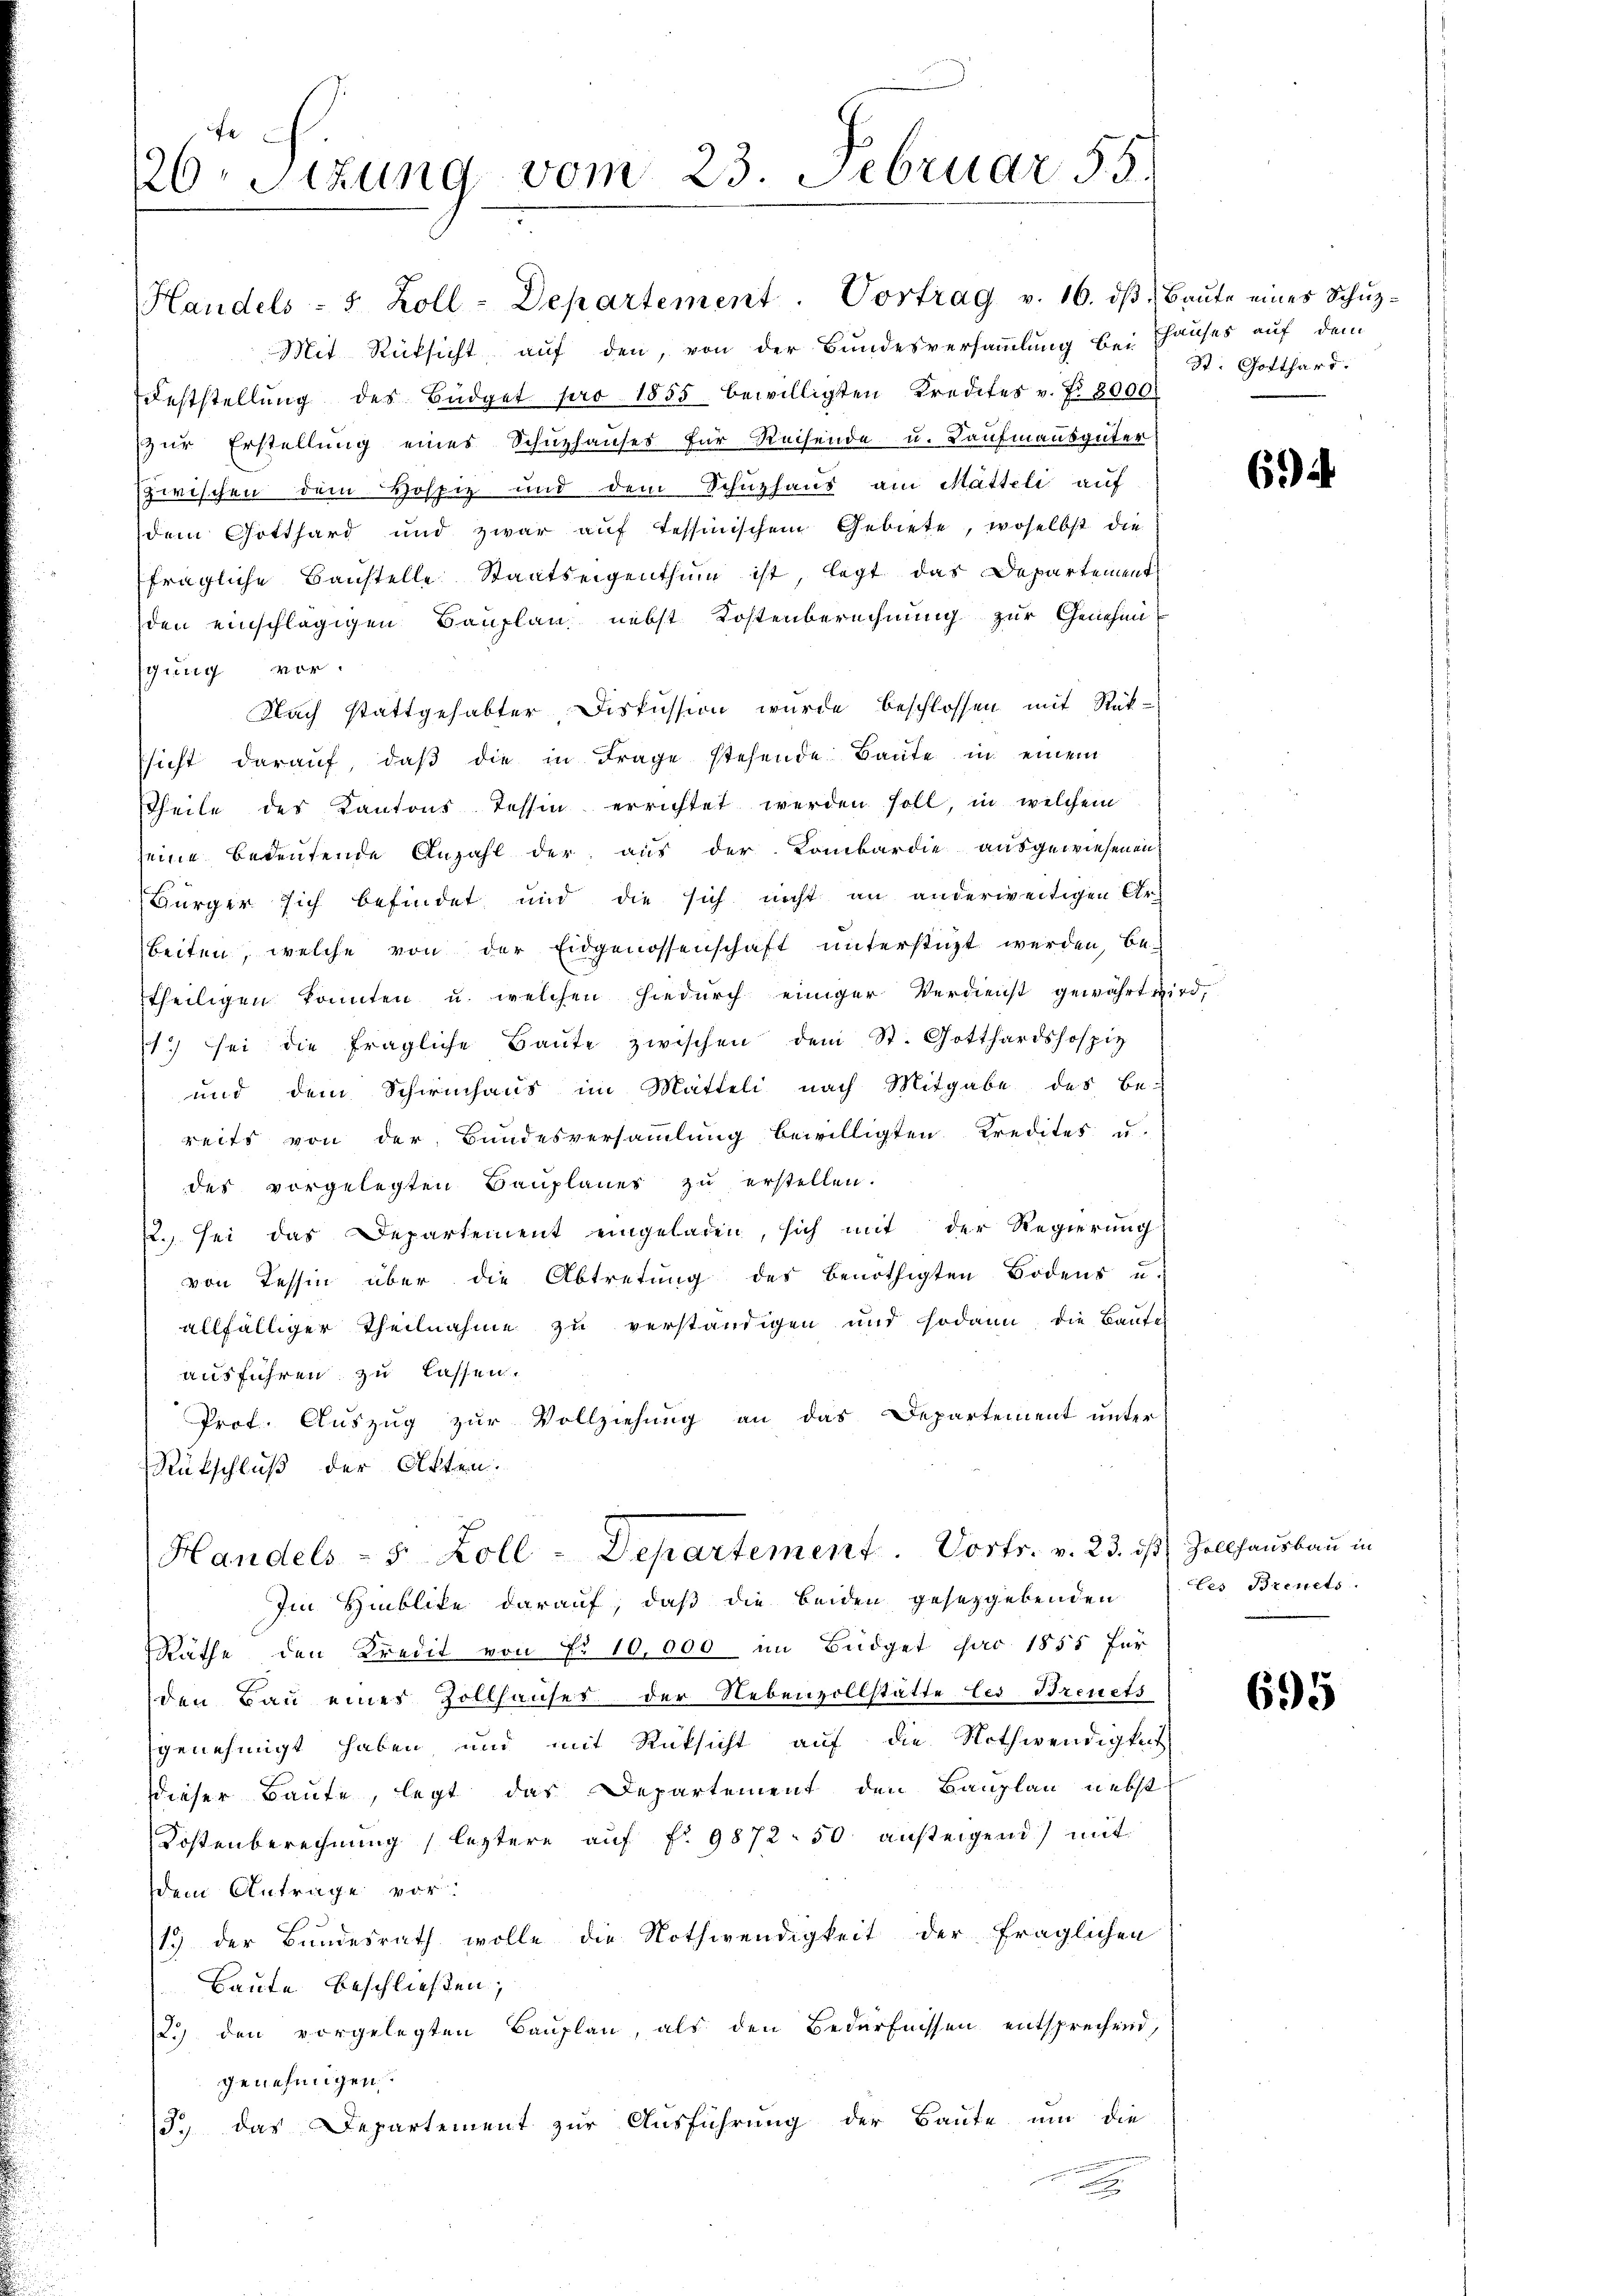
226. Sitzung vom 23. Februar 55.

Mit Rücksicht auf den, von der Bundesversammlung bei Thauses auf dem
Feststellŭng des Büdget pro 1855 bewilligten Kredites v. Fr. 8000
zur Erstellung eines Schuzhauses für Reisende u. Kaufmannsgüter
zwischen dem Hospiz und dem Schuzhaus am Matteli auf
dem Gotthard und zwar auf Tessinischem Gebiete, woselbst die
fragliche Baustelle Staatseigenthum ist, legt das Departement
den einschlägigen Bauplan nebst Kostenberechnung zur Genehmigung vor.
Nach stattgehabter Diskussion wurde beschlossen mit Rükssicht daraŭf, daβ die in Frage stehende Baŭte in einem
Theile des Kantons Tessin errichtet werden soll, in welchem
seine bedeutende Anzahl der aus der Kombardie ausgewiesenen
Bürger sich befindet und die sich nicht an anderweitigen Ar-
beiten, welche von der Eidgenossenschaft unterstüzt werden, be-
theiligen konnten u. welchen hiedurch einiger Verdienst gewährt wird,
1. sei die fragliche Baŭte zwischen dem St. Gotthardshospiz
und dem Schwuchaus im Matteli nach Mitgabe des Be-
reits von der Bundesversammlung bewilligten Kredites u.
des vorgelegten Bauplanes zu erstellen.
. sei das Departement eingeladen, sich mit der Regierung
von Tessin über die Abtretung des benöthigten Bodens u.
allfälliger Theilnahme zu verständigen und sodann die Baute
ausführen zu lassen.
Prof. Auszug zur Vollziehung an das Departement unter
Rückschluß der Akten.
Handels- 5 Zoll-Departement. Dorts. v. 23. ist, Zollhausbau in
Im Hinblike darauf, daβ die beiden gesetzgebenden Ces Brinets.
Räthe den Kredit von Nr 10,000 im Büdget pro 1855 für
den Bau eines Zollhauses der Nebenzollstätte les Breuets
genehmigt haben, und mit Rüksicht auf die Nothwendigkeit
dieser Baute, legt das Departement den Bauplan nebst
Kostenberechnung, letztere auf fr. 987250 ansteigend) mit
dem Antrage vor.
13 der Bundesrath wolle die Nothwendigkeit der fraglichen
Baute beschließen,
2.) den vorgelegten Bauplan, als den Bedürfnissen entsprechend,
genehmigen.
3.) das Departement zur Ausführung der Baute um die
a

Handels - 5 Zoll-Departement. Vortrag v. 16. dβ. Baŭte eines Schŭz-

St. Gotthard.

694

695